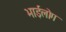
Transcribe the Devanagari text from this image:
भाईलोग